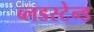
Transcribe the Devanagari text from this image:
ब्लडस्टेन्ड